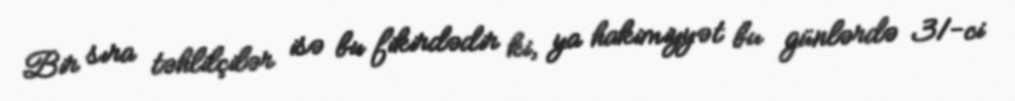
Bir sıra təhlilçilər isə bu fikirdədir ki, ya hakimiyyət bu günlərdə 31-ci